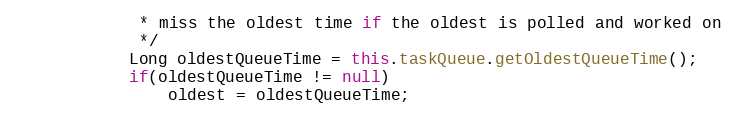
Language: Java
    	     * miss the oldest time if the oldest is polled and worked on
    	     */
    	    Long oldestQueueTime = this.taskQueue.getOldestQueueTime();
    	    if(oldestQueueTime != null)
    	        oldest = oldestQueueTime;